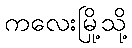
ကလေးမြို့သို့